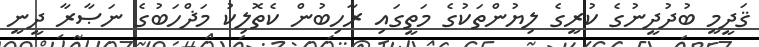
ޤަދީމީ ބުދުދީނުގެ ކުރީގެ ލިޔުންތަކުގެ މަތީގައި ރާހިބުން ކެތޮލިކު މަޛްހަބުގެ ނަޞާރާ ދީނީ